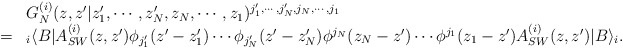
\begin{align*}\begin{array}{cl}&G^{(i)}_N (z, z'| z'_1 , \cdots , z'_N , z_N , \cdots , z_1 )^{j'_1 , \cdots , j'_N , j_N , \cdots , j_1} \\ =&{}_{i}\langle B|A^{(i)}_{SW} (z, z')\phi_{j'_1} (z'-z'_1 )\cdots \phi_{j'_N} (z'-z'_N )\phi^{j_N} (z_N -z') \cdots \phi^{j_1} (z_1 -z') A^{(i)}_{SW} (z, z')|B\rangle_i . \end{array}\end{align*}